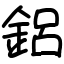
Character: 鋁